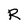
Character: R